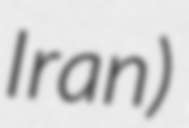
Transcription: Iran)